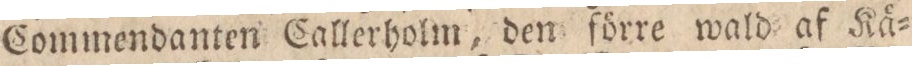
Commendanten Callerholm, den förre wald af Kä=